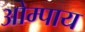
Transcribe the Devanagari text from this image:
ओम्पाय